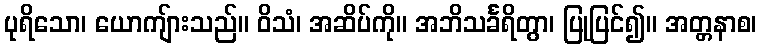
ပုရိသော၊ ယောကျ်ားသည်။ ဝိသံ၊ အဆိပ်ကို။ အဘိသင်္ခရိတွာ၊ ပြုပြင်၍။ အတ္တနာစ၊